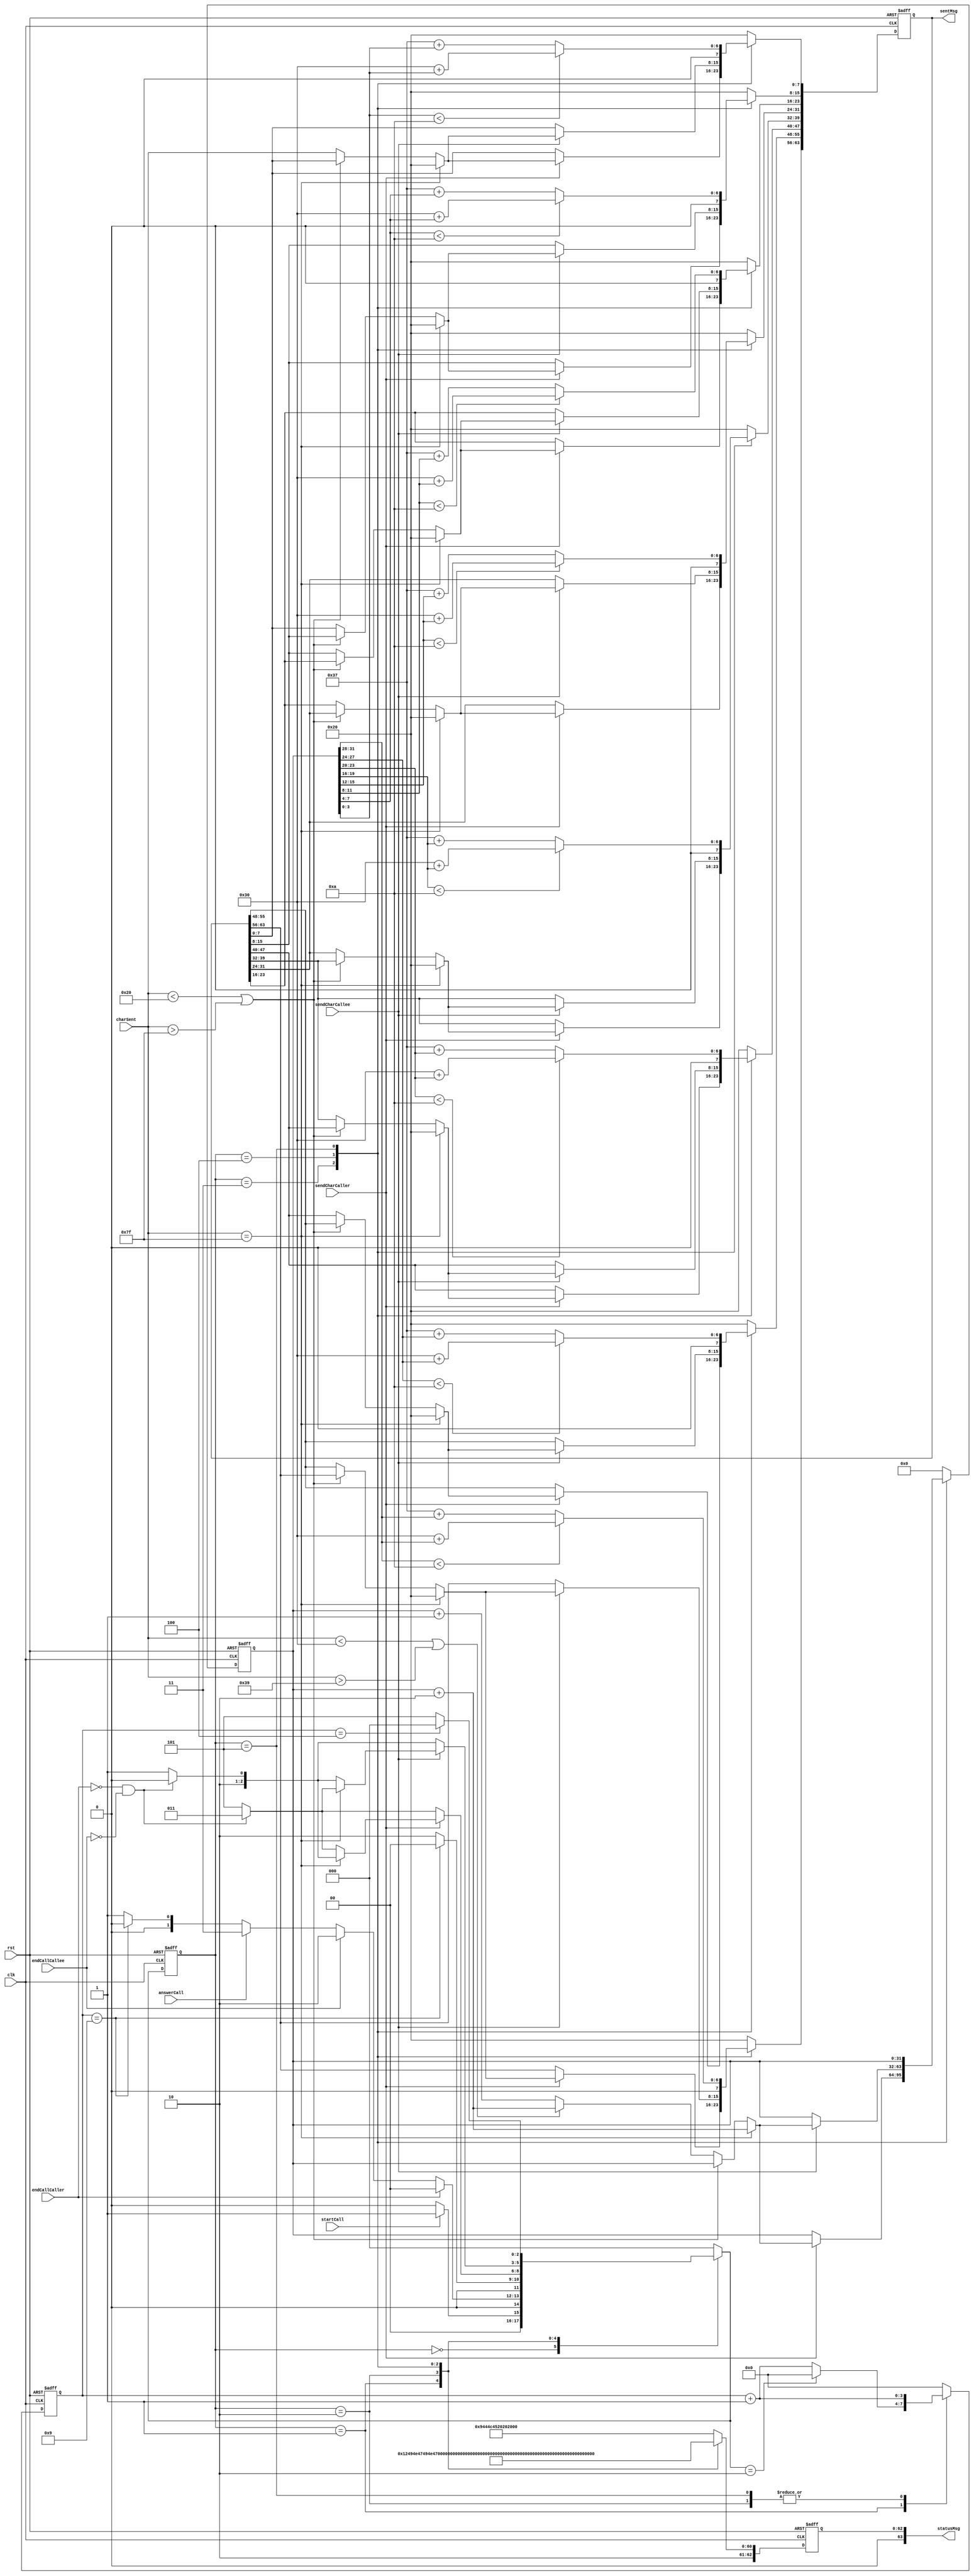
`timescale 1ns / 1ps
//////////////////////////////////////////////////////////////////////////////////
// Company: 
// Engineer: 
// 
// Design Name: 
// Module Name:    termProjectCS 
// Project Name: 
// Target Devices: 
// Tool versions: 
// Description: 
//
// Dependencies: 
//
// Revision: 
// Revision 0.01 - File Created
// Additional Comments: 
//
//////////////////////////////////////////////////////////////////////////////////
module tel(clk, rst, startCall, answerCall, endCallCaller, endCallCallee, 
charSent, sendCharCaller, sendCharCallee, statusMsg, sentMsg);
	input clk, rst;
	input startCall, answerCall, endCallCaller, endCallCallee;
	input sendCharCaller, sendCharCallee;
	input [7:0] charSent;
	output reg [63:0] statusMsg = "IDLE    ";
	output reg [63:0] sentMsg = {8{8'd32}};
	
	reg [2:0] CurrentState;
	reg [2:0] NextState;
	
	reg [3:0] Counter = 0;
	reg [31:0] totalCost = 0;
	
	
	/*
	We have 6 states
	which are: 
	IDLE -> S0
	Ringing -> S1
	Reject -> S2
	Caller -> S3
	Callee -> S4
	Cost -> S5
	*/
	
	parameter [2:0] IDLE = 3'b000;
	parameter [2:0] Ringing = 3'b001;
	parameter [2:0] Reject = 3'b010;
	parameter [2:0] Caller = 3'b011;
	parameter [2:0] Callee = 3'b100;
	parameter [2:0] Cost = 3'b101;
	
	//sequential part - state transitions
	always @ (posedge clk or posedge rst) // asynchronous rst
	begin
		if(rst)
		begin
			CurrentState <= IDLE;
		end
		else
		begin
			CurrentState <= NextState;
		end	
	end
	
	always @ (posedge clk or posedge rst) //Control registers
	begin
		if(rst)
		begin
			totalCost <= 0;
			Counter <= 0;
		end
		else
		begin
			case(CurrentState)
				IDLE:
				begin
					totalCost <= 0;
					Counter <= 0;
				end
				Ringing:
				begin
					totalCost <= 0;
					Counter <= Counter + 1;
					if(NextState == Reject)
					begin
						Counter <= 0;
					end
				end
				Caller:
				begin
					Counter <= 0;
					if(sendCharCaller == 1)
					begin
						if(charSent == 127)
						begin
							totalCost <= totalCost + 2;		
						end
						else if(charSent < 8'd32 || charSent > 8'd127)
						begin
							totalCost <= totalCost;
						end
						else
						begin 
							if(charSent < 8'd48 || charSent > 8'd57 )
							begin
								totalCost <= totalCost + 2;
							end
							else
							begin
								totalCost <= totalCost + 1;
							end
						end
					end
					else
					begin
						totalCost <= totalCost;
					end
				end
				
				Callee:
				begin
					Counter <= 0;
					if(sendCharCallee == 1)
					begin
						if(charSent == 127)
						begin
							totalCost <= totalCost + 2;		
						end
						else if(charSent < 8'd32 || charSent > 8'd127)
						begin
							totalCost <= totalCost;
						end
						else
						begin 
							if(charSent < 8'd48 || charSent > 8'd57 )
							begin
								totalCost <= totalCost + 2;
							end
							else
							begin
								totalCost <= totalCost + 1;
							end
						end
					end
				end
				Reject:
				begin
					totalCost <= 0;
					Counter <= Counter + 1;
				end
				Cost:
				begin
					totalCost <= totalCost;
					Counter <= Counter + 1;
				end
				default:
				begin
					totalCost <= 0;
					Counter <= 0;
				end
			endcase	
		end
	end
	
	
	//combinational part - next state transitions
	always @ (*)
	begin
		case(CurrentState)
			IDLE:
			begin
				if(startCall == 1)
				begin
					NextState <= Ringing;
				end
				else
				begin
					NextState <= IDLE;
				end
			end
			Ringing:
			begin
				if(endCallCaller == 1)
				begin
					NextState <= IDLE;
				end
				else if(endCallCallee == 1)
				begin
					NextState <= Reject;
				end
				else if(answerCall == 1)
				begin 
					NextState <= Caller;
				end
				else
				begin
					if(Counter == 9)
					begin
						NextState <= IDLE;
					end
					else
					begin
						NextState <= Ringing;
					end				
				end
			end
			Reject:
			begin
				if(Counter == 9)
				begin
					NextState <= IDLE;		
				end
				else
				begin
					NextState <= Reject;					
				end
			end
			//Caller state
			Caller:
			begin
				if(sendCharCaller == 1)
				begin
					if(charSent == 127)
					begin
						if(endCallCaller == 0 && endCallCallee == 0)
						begin
							NextState <= Callee;
						end
						else 
						begin
							NextState <= Cost;
						end
					end
					else if(charSent < 8'd32 || charSent > 8'd127)
					begin
						if(endCallCaller == 0 && endCallCallee == 0)
						begin
							NextState <= Caller;
						end
						else 
						begin
							NextState <= Cost;
						end
					end
					else
					begin 
						if(endCallCaller == 0 && endCallCallee == 0)
						begin
							NextState <= Caller;
						end
						else 
						begin
							NextState <= Cost;
						end
					end
				end
				else 
				begin
					if(endCallCaller == 0 && endCallCallee == 0)
					begin
						NextState <= Caller;
					end
					else 
					begin
						NextState <= Cost;
					end
				end
			end
			//Callee State
			Callee:
			begin
				if(sendCharCallee == 1)
				begin
					if(charSent == 8'd127)
					begin
						if(endCallCaller == 0 && endCallCallee == 0)
						begin
							NextState <= Caller;
						end
						else 
						begin
							NextState <= Cost;
						end
					end
					else if(charSent < 8'd32 || charSent > 8'd127)
					begin
						if(endCallCaller == 0 && endCallCallee == 0)
						begin
							NextState <= Callee;
						end
						else 
						begin
							NextState <= Cost;
						end
					end
					else
					begin 
						if(endCallCaller == 0 && endCallCallee == 0)
						begin
							NextState <= Callee;
						end
						else 
						begin
							NextState <= Cost;
						end
						
					end
				end
					
				else 
				begin
					if(endCallCaller == 0 && endCallCallee == 0)
					begin
						NextState <= Callee;
					end
					else 
					begin
						NextState <= Cost;
					end
				end
			end
			Cost:
			begin
				if(Counter == 4)
				begin
					NextState <= IDLE;
				end
				else
				begin
					//sentMsg[31:0] <= totalCost;
					//sentMsg[63:32] <= 0;
					NextState <= Cost;
				end
			end
			default: 
			begin
				NextState <= IDLE;
				//sentMsg <= {8{8'd32}};
			end
		endcase	
		
	end
	
	always @ (posedge clk or posedge rst)	//Output messages
	begin
		if(rst)
		begin
			statusMsg <= "IDLE    ";
			sentMsg <= {8{8'd32}};
		end
		else
		begin
			case(CurrentState)
				IDLE:
				begin
					statusMsg <= "IDLE    ";
					sentMsg <= {8{8'd32}};
				end
				Ringing:
				begin
					statusMsg <= "RINGING ";
					sentMsg <= {8{8'd32}};
				end
				Reject:
				begin
					statusMsg <= "REJECTED";
					sentMsg <= {8{8'd32}};
				end
				Caller:
				begin
					statusMsg <= "CALLER  ";
					if(sendCharCaller == 1)
					begin
						if(charSent == 8'd127)
						begin
							sentMsg <= {8{8'd32}};
						end
						else if(charSent < 8'd32 || charSent > 8'd127)
						begin
							sentMsg <= sentMsg;
						end
						else
						begin
							sentMsg[7:0] <= charSent;
							sentMsg[15:8] <= sentMsg[7:0];
							sentMsg[23:16] <= sentMsg[15:8];
							sentMsg[31:24] <= sentMsg[23:16];
							sentMsg[39:32] <= sentMsg[31:24];
							sentMsg[47:40] <= sentMsg[39:32];
							sentMsg[55:48] <= sentMsg[47:40];
							sentMsg[63:56] <= sentMsg[55:48];
						end
						
					end
					else
					begin
						sentMsg <= sentMsg;
					end
				end
				Callee:
				begin
					statusMsg <= "CALLEE  ";
					if(sendCharCallee == 1)
					begin
						if(charSent == 8'd127)
						begin
							sentMsg <= {8{8'd32}};
						end
						else if(charSent < 8'd32 || charSent > 8'd127)
						begin
							sentMsg <= sentMsg;
						end
						else
						begin
							sentMsg[7:0] <= charSent;
							sentMsg[15:8] <= sentMsg[7:0];
							sentMsg[23:16] <= sentMsg[15:8];
							sentMsg[31:24] <= sentMsg[23:16];
							sentMsg[39:32] <= sentMsg[31:24];
							sentMsg[47:40] <= sentMsg[39:32];
							sentMsg[55:48] <= sentMsg[47:40];
							sentMsg[63:56] <= sentMsg[55:48];
						end
						
					end
					else
					begin
						sentMsg <= sentMsg;
					end
				end
				
				Cost:
				begin
					statusMsg <= "COST    ";
					//sentMsg[63:32] <= {4{8'd48}};
					sentMsg <= {8{8'd48}};
					// first left most 4 bit
					if(totalCost[31:28] < 4'b1010)
					begin
						sentMsg[63:56] <= 48 + totalCost[31:28];
					end
					else
					begin
						sentMsg[63:56] <= 55 + totalCost[31:28];
					end
					//second first left most 4 bit
					if(totalCost[27:24] < 4'b1010)
					begin
						sentMsg[55:48] <= 48 + totalCost[27:24];
					end
					else
					begin
						sentMsg[55:48] <= 55 + totalCost[27:24];
					end
					//third part
					if(totalCost[23:20] < 4'b1010)
					begin
						sentMsg[47:40] <= 48 + totalCost[23:20];
					end
					else
					begin
						sentMsg[47:40] <= 55 + totalCost[23:20];
					end
					//fourth part
					if(totalCost[19:16] < 4'b1010)
					begin
						sentMsg[39:32] <= 48 + totalCost[19:16];
					end
					else
					begin
						sentMsg[39:32] <= 55 + totalCost[19:16];
					end
					//fifth part
					if(totalCost[15:12] < 4'b1010)
					begin
						sentMsg[31:24] <= 48 + totalCost[15:12];
					end
					else
					begin
						sentMsg[31:24] <= 55 + totalCost[15:12];
					end
					//sixth part
					if(totalCost[11:8] < 4'b1010)
					begin
						sentMsg[23:16] <= 48 + totalCost[11:8];
					end
					else
					begin
						sentMsg[23:16] <= 55 + totalCost[11:8];
					end
					//seventh part
					if(totalCost[7:4] < 4'b1010)
					begin
						sentMsg[15:8] <= 48 + totalCost[7:4];
					end
					else
					begin
						sentMsg[15:8] <= 55 + totalCost[7:4];
					end
					//last part
					if(totalCost[3:0] < 4'b1010)
					begin
						sentMsg[7:0] <= 48 + totalCost[3:0];
					end
					else
					begin
						sentMsg[7:0] <= 55 + totalCost[3:0];
					end
					
					

				end
				default
				begin
					statusMsg <= "IDLE    ";
					sentMsg <= {8{8'd32}};
				end
			endcase
		end
	end
	
endmodule